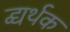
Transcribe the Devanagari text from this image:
द्व्यर्थक